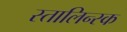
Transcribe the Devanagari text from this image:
स्तालिन्स्क